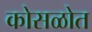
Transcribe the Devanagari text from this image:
कोसळोत